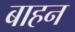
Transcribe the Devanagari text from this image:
बाहन